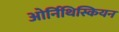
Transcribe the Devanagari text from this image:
ओर्निथिस्कियन